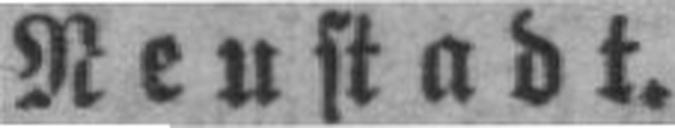
Neustadt.